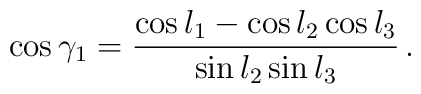
\cos\gamma_1={\cos l_1 -\cos l_2 \cos l_3\over \sin l_2 \sin l_3 }\, .